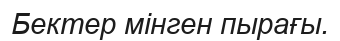
Бектер мінген пырағы.